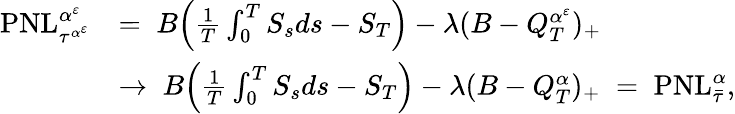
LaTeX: \begin{array}{rl}{\mathrm{PNL}_{\tau^{\alpha^{\varepsilon}}}^{\alpha^{\varepsilon}}}&{=\; B\Big(\frac{1}{T}\int_{0}^{T}S_{s}ds-S_{T}\Big)-\lambda(B-Q_{T}^{\alpha^{\varepsilon}})_{+}}\\ &{\rightarrow\; B\Big(\frac{1}{T}\int_{0}^{T}S_{s}ds-S_{T}\Big)-\lambda(B-Q_{T}^{\alpha})_{+}\; =\; \mathrm{PNL}_{\bar{\tau}}^{\alpha},}\end{array}